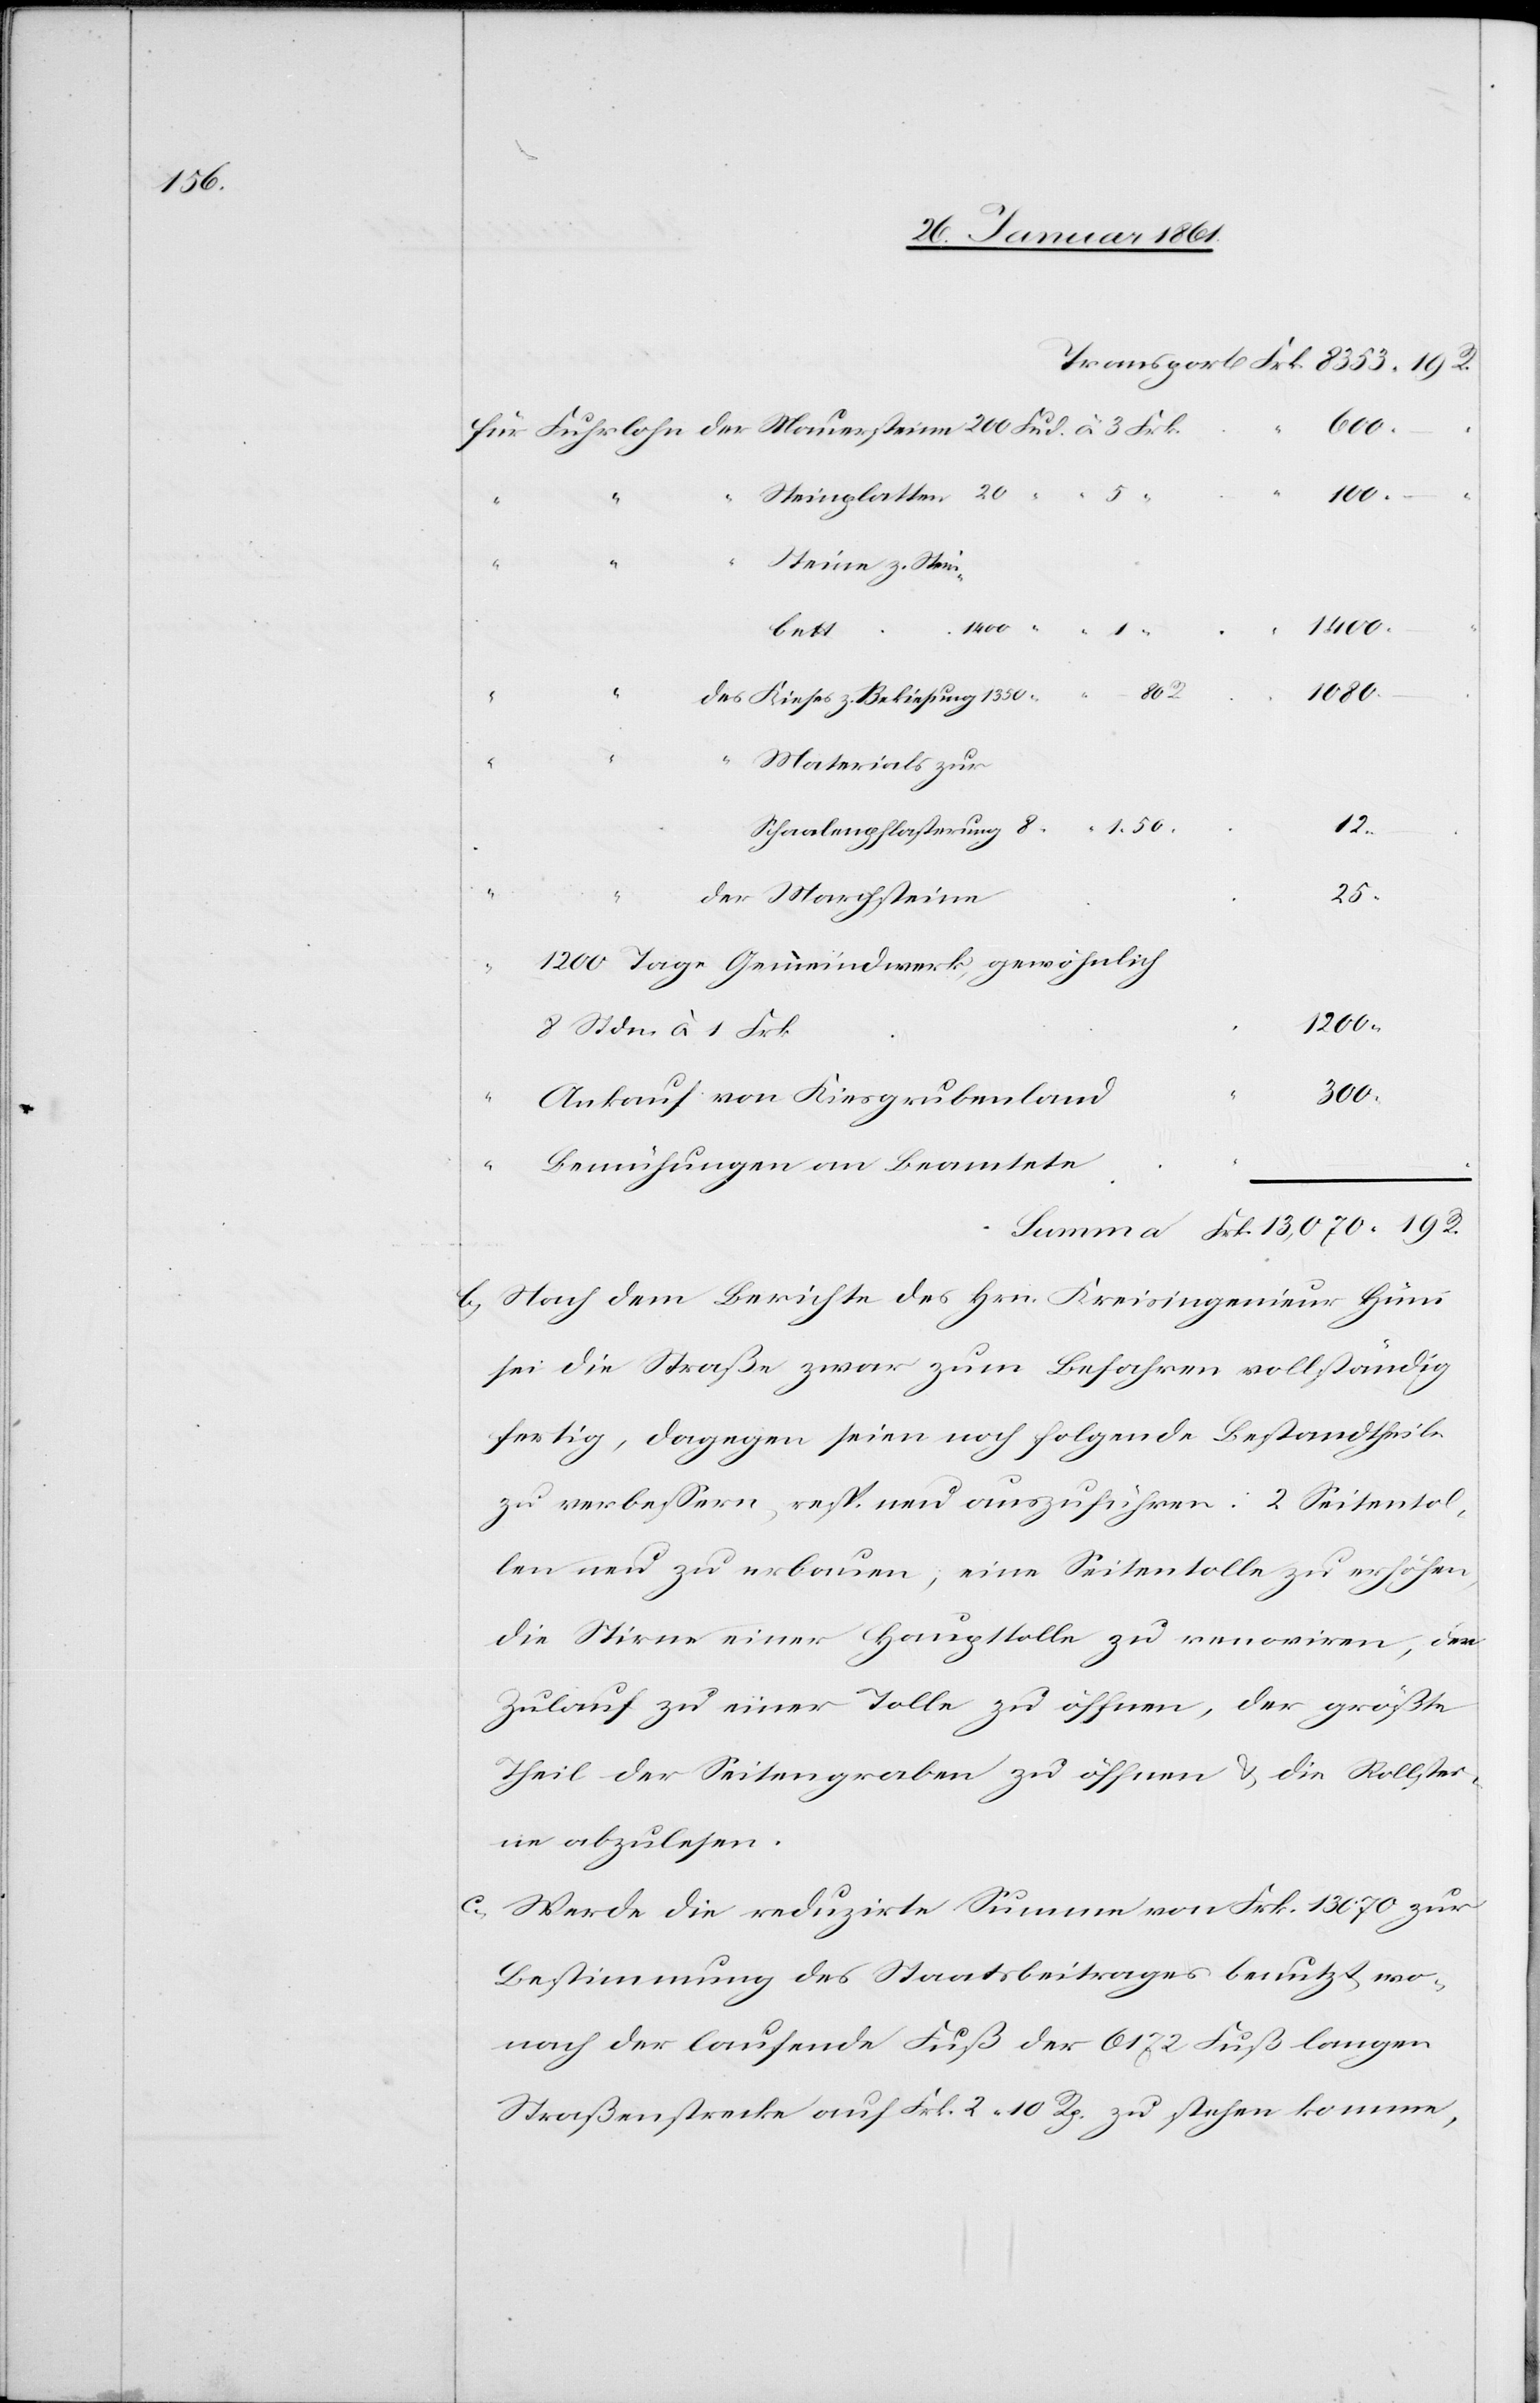
Kieses
19.
Steinplatten
5
1080.
“
Steine z. Stein¬
1400.
bett
1350
Frk.
13,070.
Materials zur
12.
Schaalenpflasterung
25.
1200 Tage Gemeindwerk gewöhnlich
8 Stdn. à 1 Frk.
300.
Ankauf von Kiesgrubenland
Bemühungen an Beamtete
b) Nach dem Berichte des Hrn. Kreisingenieur Hüni
sei die Straße zwar zum Befahren vollständig
fertig, dagegen seien noch folgende Bestandtheile
zu verbessern, resp. neu auszuführen: 2 Seitentol¬
len neu zu erbauen; eine Seitentolle zu erhöhen,
die Stirne einer Haupttolle zu renoviren, der
Zulauf zu einer Tolle zu öffnen, der größte
Theil der Seitengraben zu öffnen u. die Rollstei¬
ne abzulesen.
c) Werde die reduzirte Summe von Frk. 130 70 zur
Bestimmung des Staatsbeitrages benutzt, wo¬
nach der laufende Fuß der 6172 Fuß langen
Straßenstrecke auf Frk. 2 zu stehen komme,